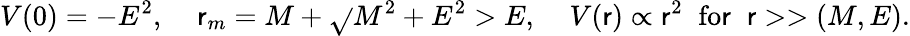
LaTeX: V(0)=-E^{2},\; \; \; \; \mathsf{r}_{m}=M+\sqrt{}{{M^{2}+E^{2}}}>E,\; \; \; \; V(\mathsf{r})\propto\mathsf{r}^{2}\; \; \mathrm{{fo\mathsf{r}}}\; \; \mathsf{r}>>(M,E).